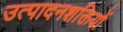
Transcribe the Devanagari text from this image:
उत्पादनशक्तियों